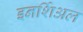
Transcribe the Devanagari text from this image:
इनर्शिअल